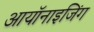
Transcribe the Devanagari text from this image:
आयॉनाइजिंग